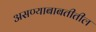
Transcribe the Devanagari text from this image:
असण्याबाबतीतील